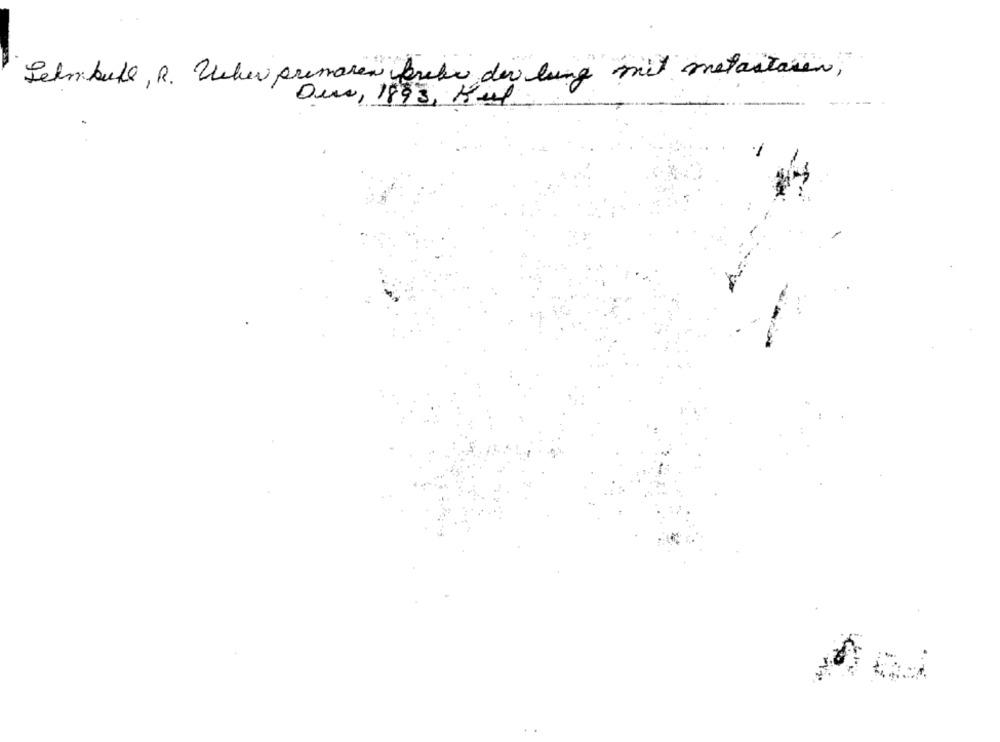
Selmbull , R. Weher premaren freke der lung mit metastasen,
Oui, 1893, Hul